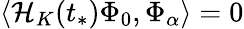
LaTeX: \langle\mathcal{H}_{K}(t_{*})\Phi_{0},\Phi_{\alpha}\rangle=0